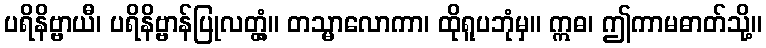
ပရိနိဗ္ဗာယီ၊ ပရိနိဗ္ဗာန်ပြုလတ္တံ့။ တသ္မာလောကာ၊ ထိုရူပဘုံမှ။ ဣဓ၊ ဤကာမဓာတ်သို့။